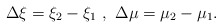
\begin{align*}\Delta\xi=\xi_2-\xi_1\,\,,\,\,\Delta\mu=\mu_2-\mu_1.\end{align*}